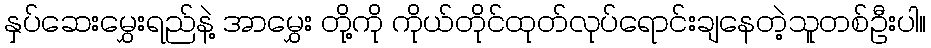
နှပ်ဆေးမွှေးရည်နဲ့ အာမွှေး တို့ကို ကိုယ်တိုင်ထုတ်လုပ်ရောင်းချနေတဲ့သူတစ်ဦးပါ။